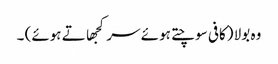
وہ بولا (کافی سوچتے ہوئے سر کجھاتے ہوئے) ۔